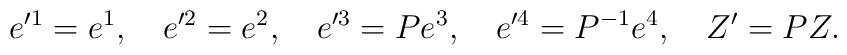
e'^1 = e^1, \quad e'^2=e^2,\quad e'^3 =P e^3, \quad e'^4 = P^{-1}e^4,\quad Z'= PZ.